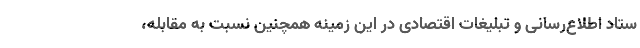
ستاد اطلاع‌رسانی و تبلیغات اقتصادی در این زمینه همچنین نسبت به مقابله،